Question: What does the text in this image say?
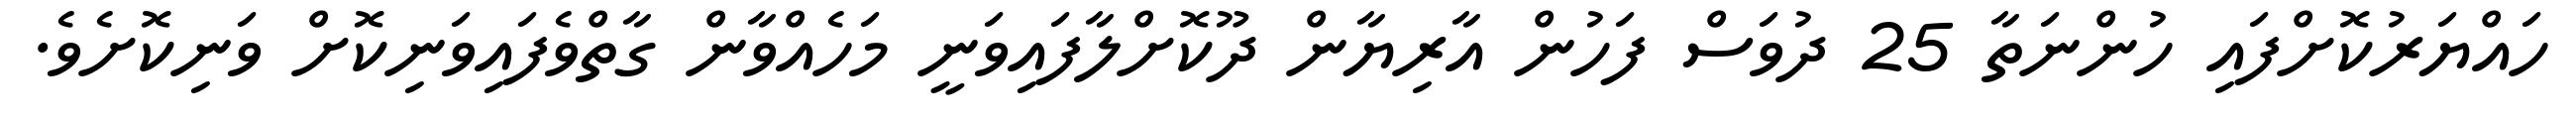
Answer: ހައްޔަރުކޮށްފައި ހުންނަތާ 25 ދުވަސް ފަހުން އާރިޔާން ދޫކޮށްލާފައިވަނީ މަހެއްވާން ގާތްވެފައިވަނިކޮށް ވަނިކޮށެވެ.